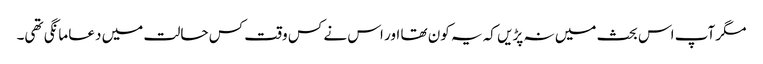
مگر آپ اس بحث میں نہ پڑیں کہ یہ کون تھا اور اس نے کس وقت کس حالت میں دعا مانگی تھی۔